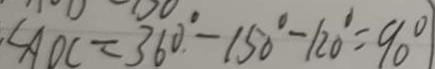
\angle A O C = 3 6 0 ^ { \circ } - 1 5 0 ^ { \circ } - 1 2 0 ^ { \circ } = 9 0 ^ { \circ }